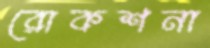
রোকশনা